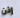
إذن